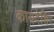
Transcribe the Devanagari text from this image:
कायदेशिर